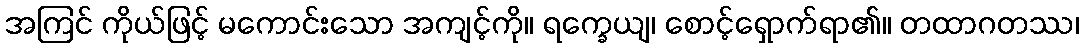
အကြင် ကိုယ်ဖြင့် မကောင်းသော အကျင့်ကို။ ရက္ခေယျ၊ စောင့်ရှောက်ရာ၏။ တထာဂတဿ၊